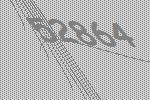
52864